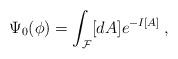
LaTeX: \begin{align*}\Psi_0 (\phi) = \int_{\cal F} [d A] e^{-I[A]} \>,\end{align*}